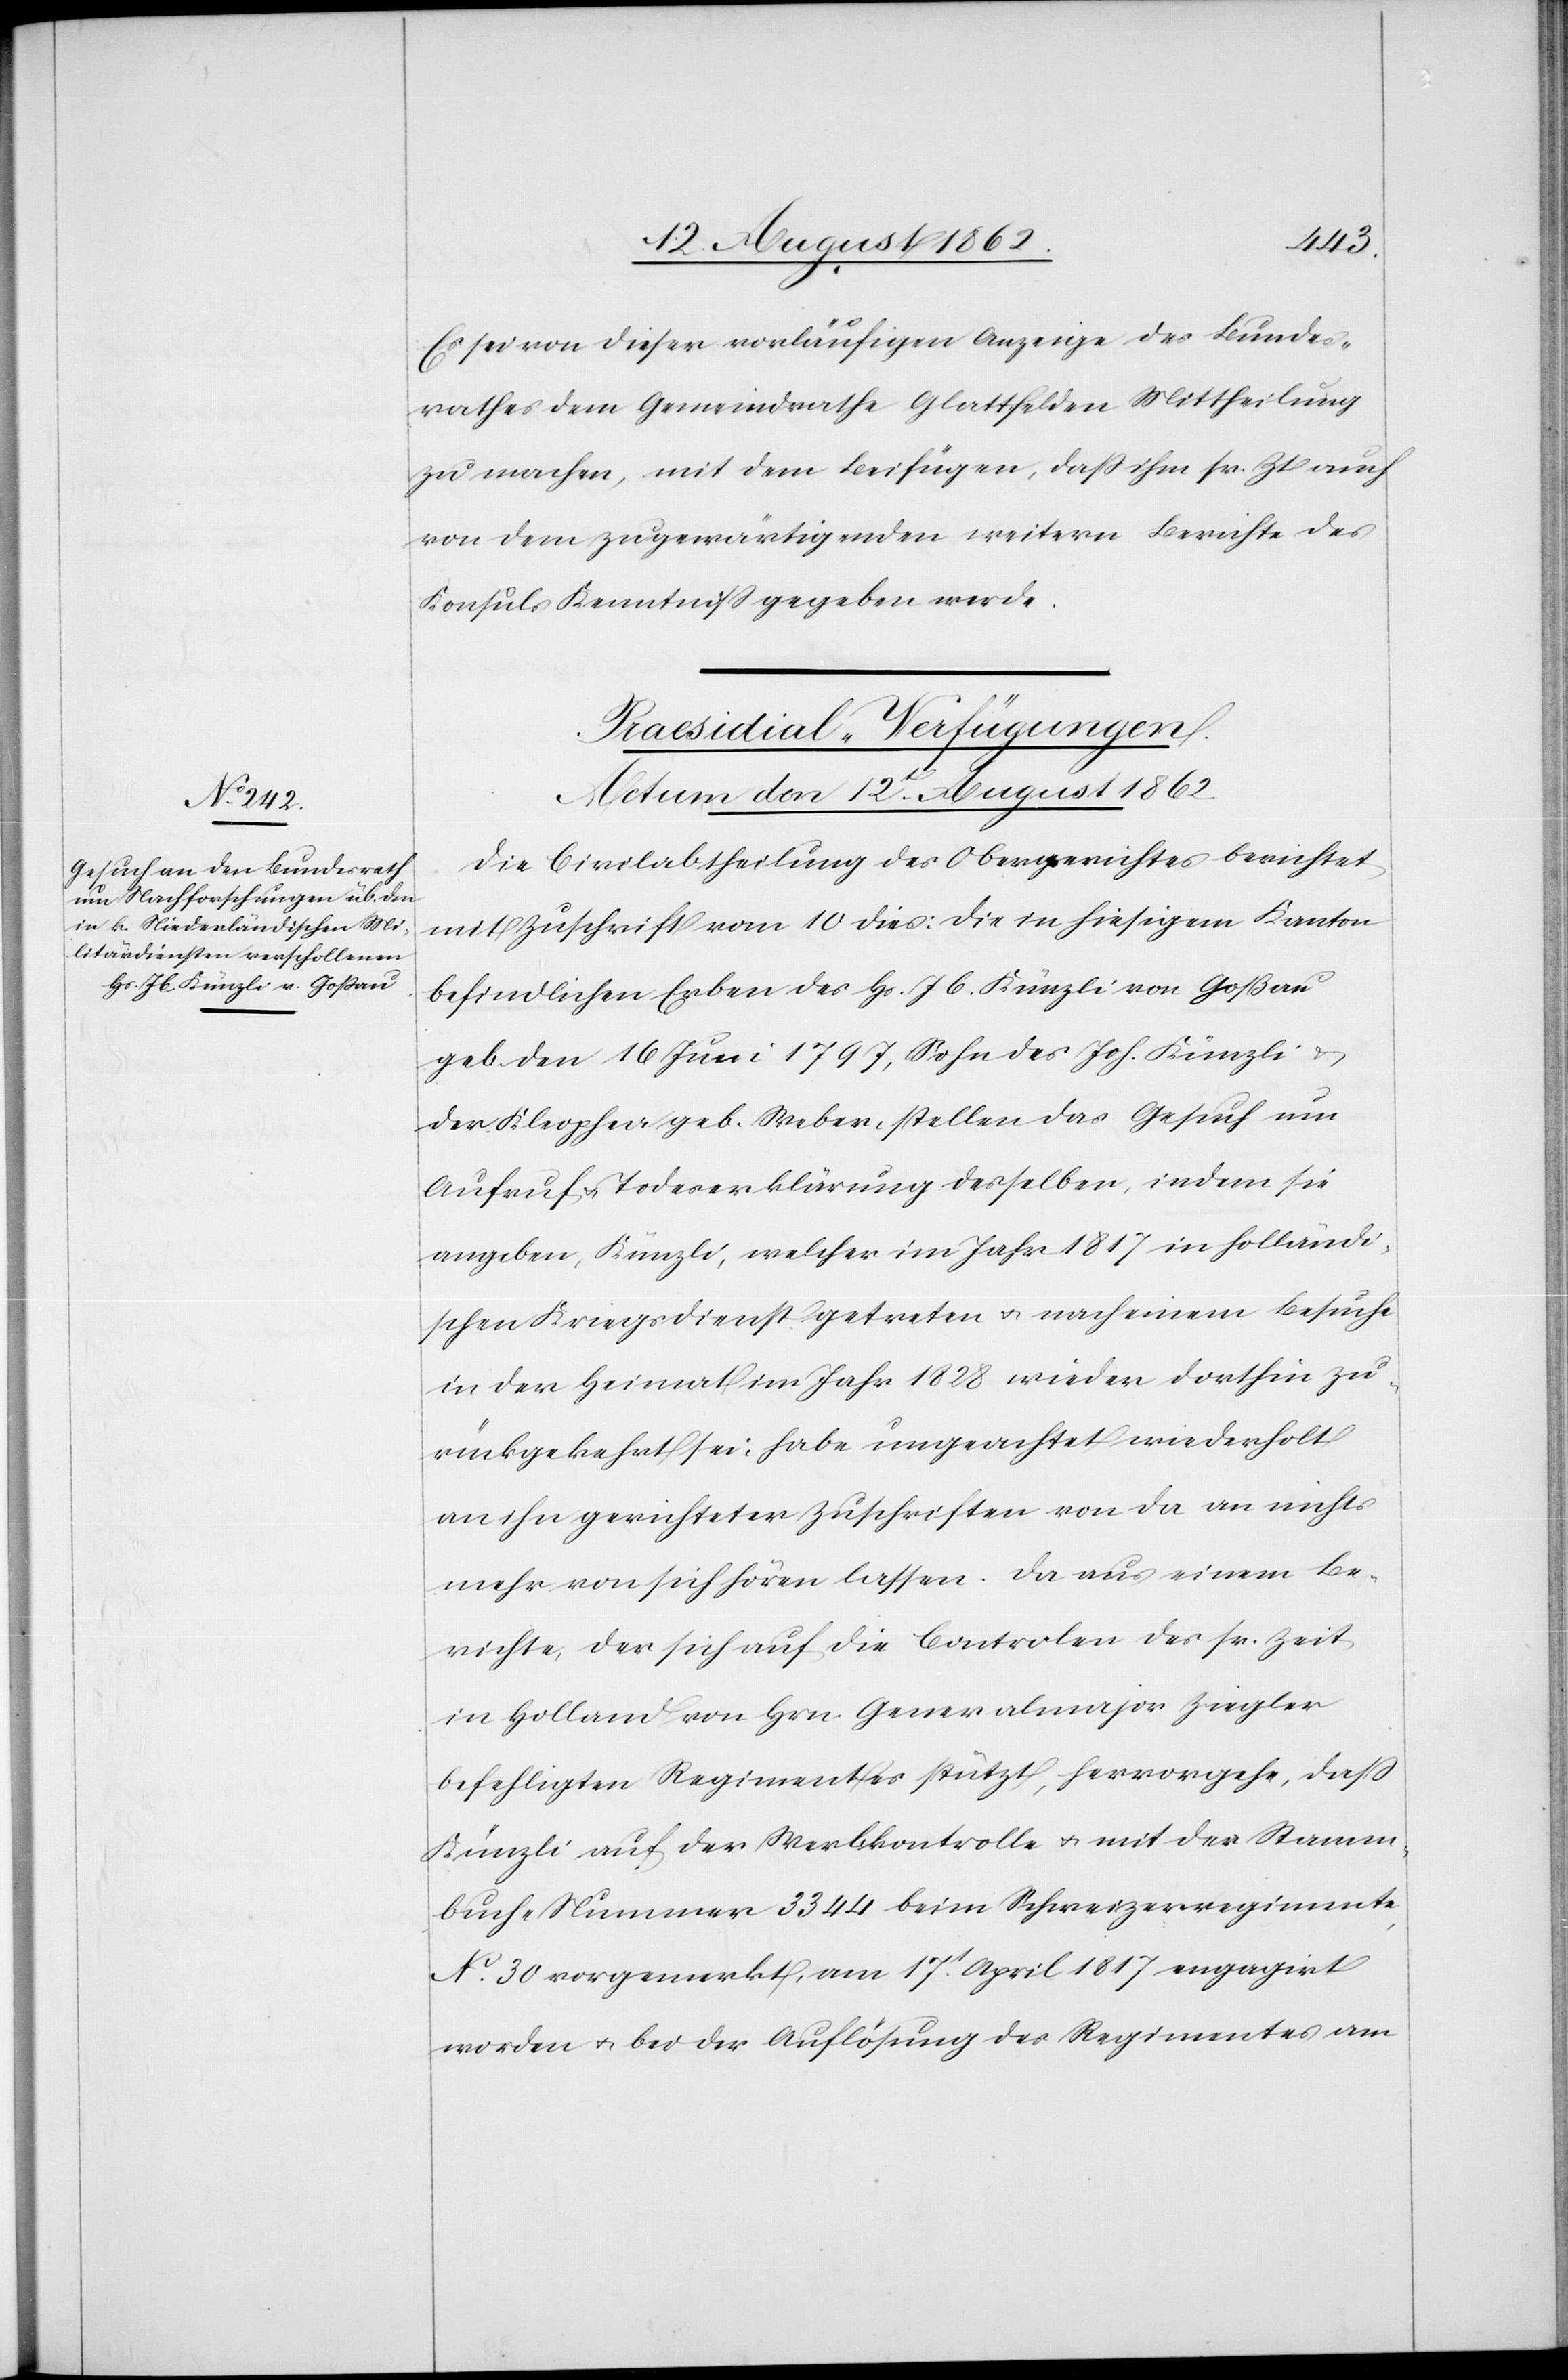
Es sei von dieser vorläufigen Anzeige des Bundes¬
rathes dem Gemeindrathe Glattfelden Mittheilung
zumachen, mit dem Beifügen, daß ihm sr. Zt. auch
von dem zugewärtigenden weitern Berichte des
Konsuls Kenntniß gegeben werde.
Praesidial-Verfügungen.
Actum den 12t August 1862.
Die Civilabtheilung des Obergerichtes berichtet
mit Zuschrift vom 10. dies: die in hiesigem Kanton
befindlichen Erben des Hs. Jb. Künzli von Goßau
geb. den 16. Juni 1797, Sohn des Joh. Künzli u.
der Kleophea geb. Weber, stellen das Gesuch um
Aufruf u. Todeserklärung desselben, indem sie
angeben, Künzli, welcher im Jahr 1817 in holländi¬
schen Kriegsdienst getreten u. nach einem Besuche
in der Heimat im Jahr 1828 wieder dorthin zu¬
rückgekehrt sei, habe ungeachtet wiederholt
an ihn gerichteter Zuschriften von da an nichts
mehr von sich hören lassen. Da aus einem Be¬
richte, der sich auf die Controlen des sr. Zt.
in Holland von Hrn. Generalmajor Ziegler
befehligten Regimentes stützt, hervorgehe, daß
Künzli auf der Verbalkontrolle u. mit der Stamm¬
buche Nummer 3344 beim Schweizerregimente,
No 30 vorgemerkt, am 17t April 1817 engagirt
worden u. bei der Auflösung des Regimentes am